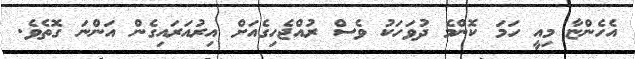
އެހެންޏާ މިއީ ހަމަ ކޮންމެ ދުވަހަކު ވެސް ރުއްޖެހިގެއަށް އިރުއަރައިގެން އަންނަ ގޮތެވެ.